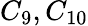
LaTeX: C_{9},C_{10}